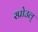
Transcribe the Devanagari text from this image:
स्प्रोउल्